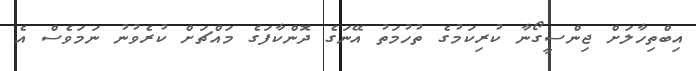
އިބްތިހާލަށް ޖިންސީގޯނާ ކުރިކަމުގެ ތުހުމަތު އޭނަގެ ދޮންކާފަގެ މައްޗަށް ކުރެވުނު ނަމަވެސް އެ